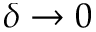
\delta \to 0